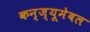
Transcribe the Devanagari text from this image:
कन्ज्यूमेबल